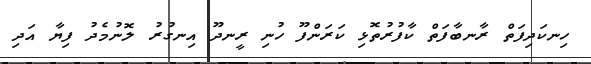
ހިނކަދިފަތް ރާނބާފަތް ކާފުރުތޮޅި ކަރަންފޫ ހުނި ރީނދޫ އިނގުރު ލޮނުމެދު ފިޔާ އަދި